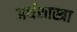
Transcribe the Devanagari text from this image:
अर्थशास्त्रा